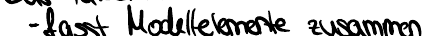
- fasst Modellelemente zusammen